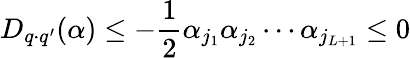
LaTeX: D_{q\cdot q^{\prime}}(\alpha)\leq-\frac 12\alpha_{j_{1}}\alpha_{j_{2}}\cdots\alpha_{j_{L+1}}\leq 0